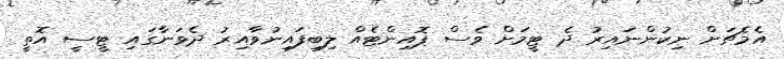
އެމެޗަށް ނިކުންނައިރު ދެ ޓީމަށް ވެސް ޕޮއިންޓެއް ލިބިފައިނުވާއިރު ދެވަނާގައި ޓީސީ އޮތީ